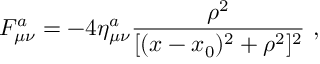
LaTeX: F _ { \mu \nu } ^ { a } = - 4 \eta _ { \mu \nu } ^ { a } \frac { \rho ^ { 2 } } { [ ( x - x _ { 0 } ) ^ { 2 } + \rho ^ { 2 } ] ^ { 2 } } \ ,